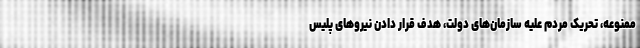
ممنوعه، تحریک مردم علیه سازمان‌های دولت، هدف قرار دادن نیروهای پلیس